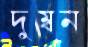
দুম্বন